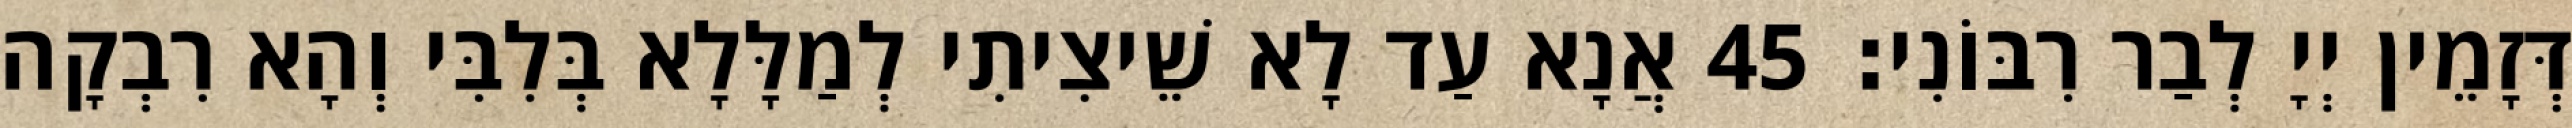
דְּזָמֵין יְיָ לְבַר רִבּוֹנִי׃ 45 אֲנָא עַד לָא שֵׁיצִיתִי לְמַלָּלָא בְּלִבִּי וְהָא רִבְקָה